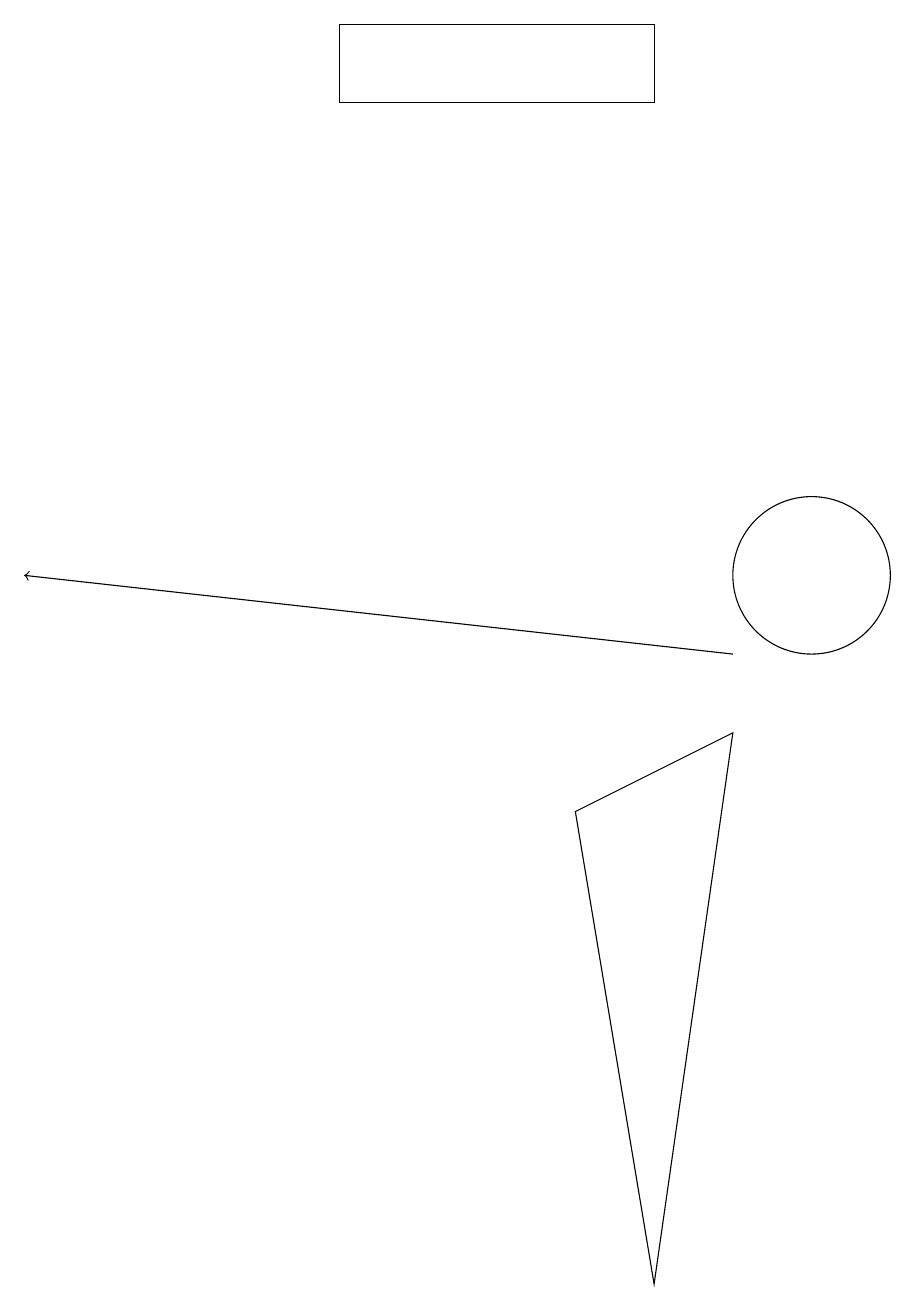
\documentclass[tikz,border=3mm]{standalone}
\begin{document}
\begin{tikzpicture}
\draw (9,9) -- (8,2) -- (7,8) -- cycle;
\draw (4,18) rectangle (8,17);
\draw (10,11) circle (1);
\draw[->] (9,10) -- (0,11);
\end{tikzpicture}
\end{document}